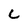
Character: C